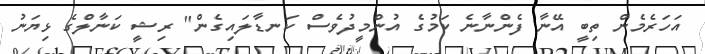
އަހަރެމެން ތިބީ އޭނާ ފެންނާނެ ކަމުގެ އުންމީދުވެސް ކަނޑާލައިގެން" ރިޝީ ކަނާލްގެ ޅިޔަނު